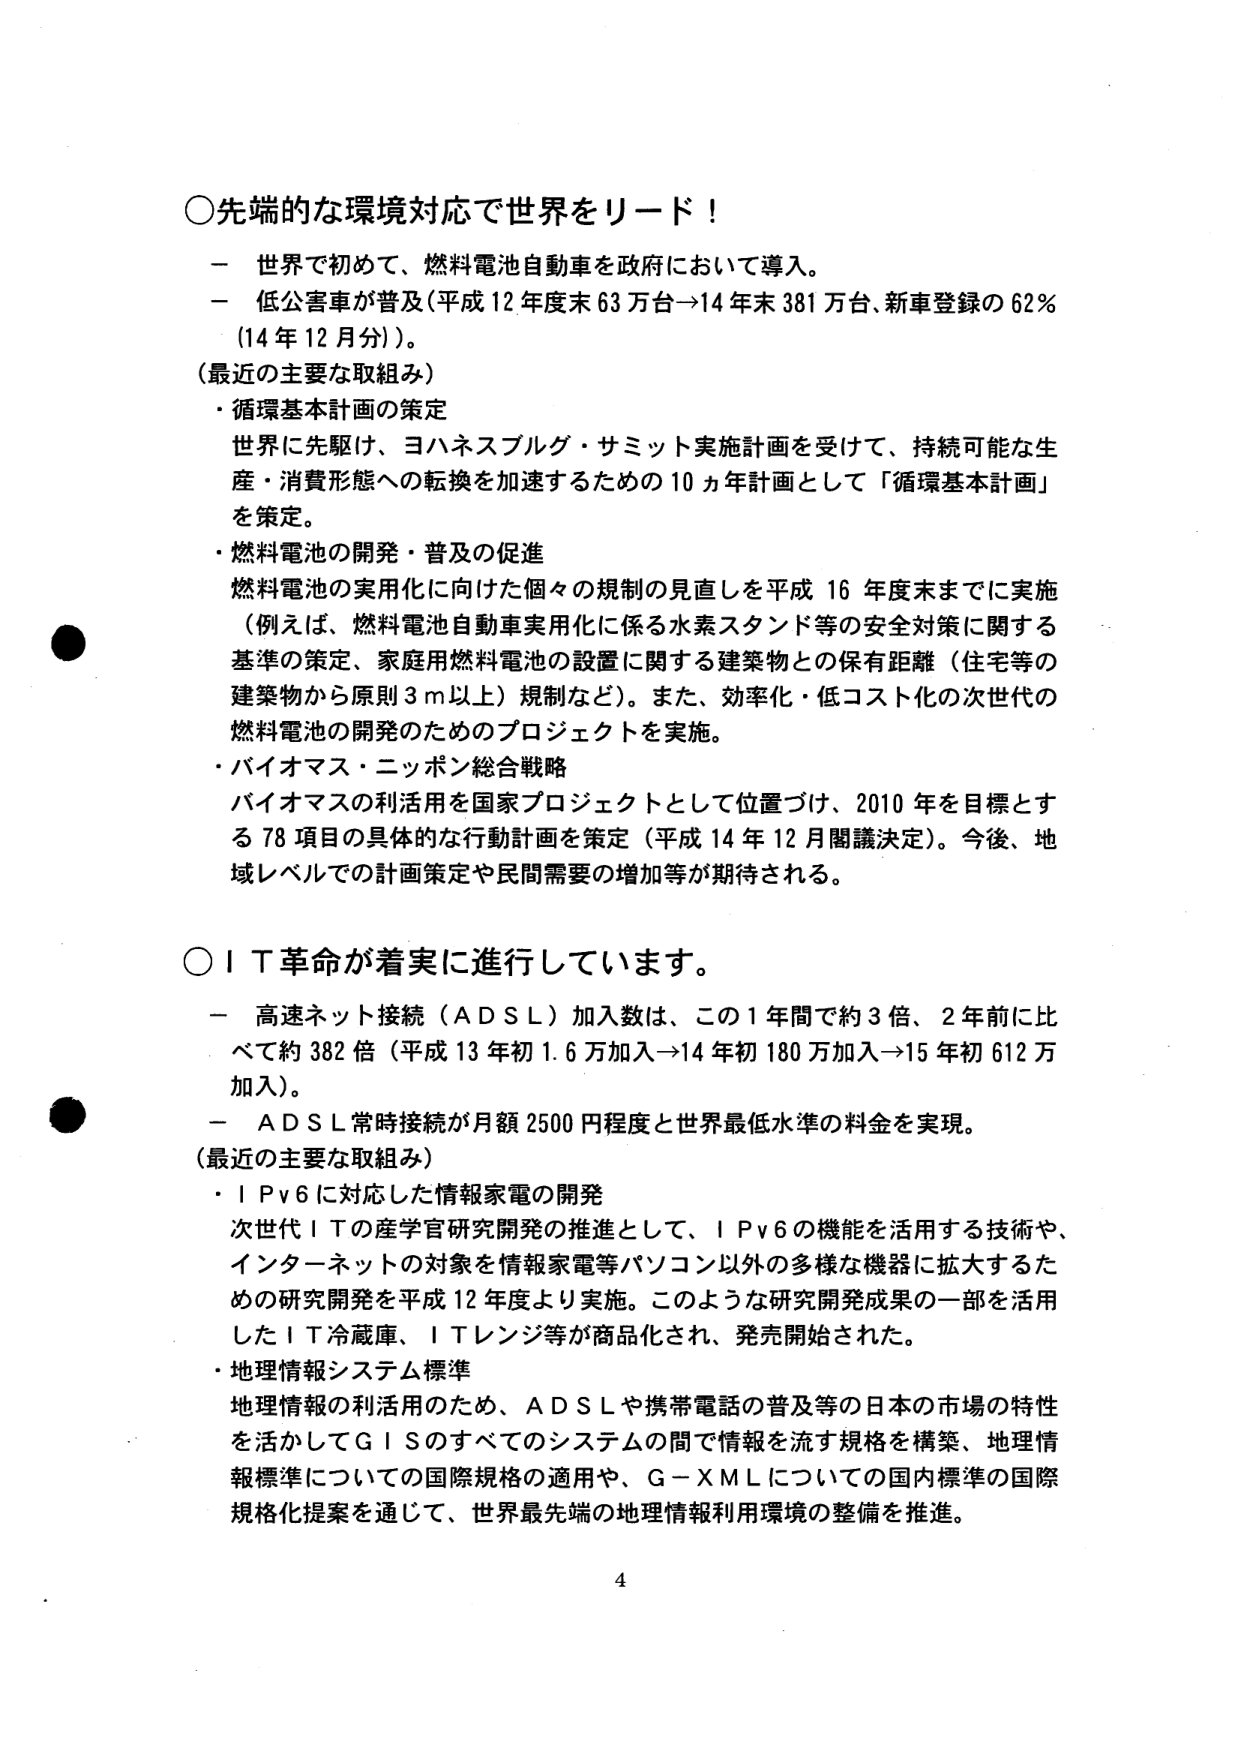
○先端的な環境対応で世界をリード！

－ 世界で初めて、燃料電池自動車を政府において導入。
－ 低公害車が普及（平成12年度末63万台→14年末381万台、新車登録の62％（14年12月分））。

（最近の主要な取組み）
・循環基本計画の策定
　世界に先駆け、ヨハネスブルグ・サミット実施計画を受けて、持続可能な生産・消費形態への転換を加速するための10ヵ年計画として「循環基本計画」を策定。
・燃料電池の開発・普及の促進
　燃料電池の実用化に向けた個々の規制の見直しを平成16年度末までに実施（例えば、燃料電池自動車実用化に係る水素スタンド等の安全対策に関する基準の策定、家庭用燃料電池の設置に関する建築物との保有距離（住宅等の建築物から原則3ｍ以上）規制など）。また、効率化・低コスト化の次世代の燃料電池の開発のためのプロジェクトを実施。
・バイオマス・ニッポン総合戦略
　バイオマスの利活用を国家プロジェクトとして位置づけ、2010年を目標とする78項目の具体的な行動計画を策定（平成14年12月閣議決定）。今後、地域レベルでの計画策定や民間需要の増加等が期待される。

○ＩＴ革命が着実に進行しています。

－ 高速ネット接続（ＡＤＳＬ）加入数は、この1年間で約3倍、2年前に比べて約382倍（平成13年初1.6万加入→14年初180万加入→15年初612万加入）。
－ ＡＤＳＬ常時接続が月額2500円程度と世界最低水準の料金を実現。

（最近の主要な取組み）
・ＩＰｖ６に対応した情報家電の開発
　次世代ＩＴの産学官研究開発の推進として、ＩＰｖ６の機能を活用する技術や、インターネットの対象を情報家電等パソコン以外の多様な機器に拡大するための研究開発を平成12年度より実施。このような研究開発成果の一部を活用したＩＴ冷蔵庫、ＩＴレンジ等が商品化され、発売開始された。
・地理情報システム標準
　地理情報の利活用のため、ＡＤＳＬや携帯電話の普及等の日本の市場の特性を活かしてＧＩＳのすべてのシステムの間で情報を流す規格を構築、地理情報標準についての国際規格の適用や、Ｇ－ＸＭＬについての国内標準の国際規格化提案を通じて、世界最先端の地理情報利用環境の整備を推進。

4